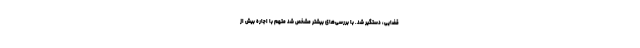
قضایی، دستگیر شد. با بررسی‌های بیشتر مشخص شد متهم با اجاره بیش از